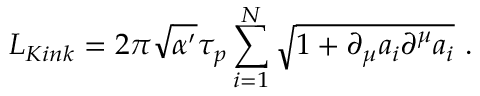
{ \cal L } _ { K i n k } = 2 \pi \sqrt { \alpha ^ { \prime } } \tau _ { p } \sum _ { i = 1 } ^ { N } \sqrt { 1 + \partial _ { \mu } a _ { i } \partial ^ { \mu } a _ { i } } \ .